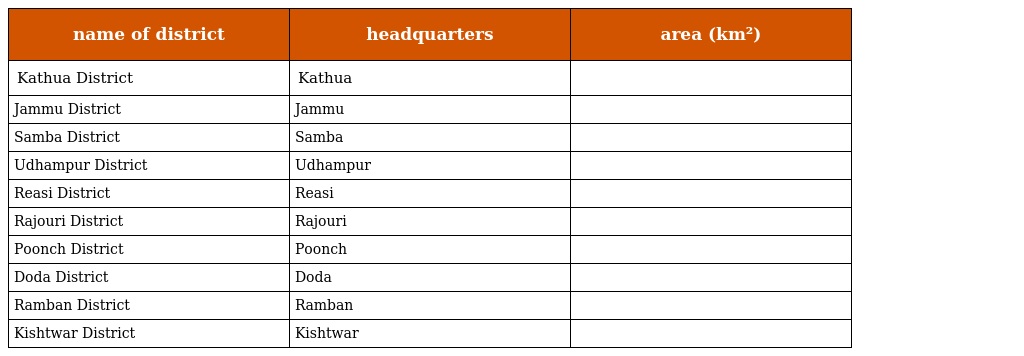
| name of district | headquarters | area (km²) |
 | --- | --- | --- |
 | Kathua District | Kathua |  |
 | Jammu District | Jammu |  |
 | Samba District | Samba |  |
 | Udhampur District | Udhampur |  |
 | Reasi District | Reasi |  |
 | Rajouri District | Rajouri |  |
 | Poonch District | Poonch |  |
 | Doda District | Doda |  |
 | Ramban District | Ramban |  |
 | Kishtwar District | Kishtwar |  |